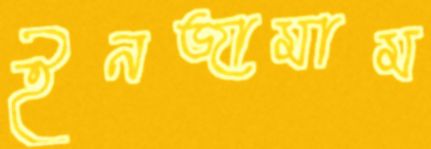
ইনজামাম